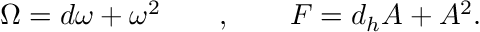
\Omega = d \omega + \omega ^ { 2 } \quad \quad , \quad \quad F = d _ { h } A + A ^ { 2 } .